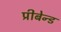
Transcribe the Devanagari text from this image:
प्रीबेन्ड